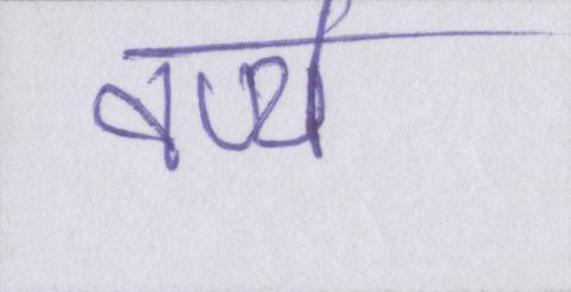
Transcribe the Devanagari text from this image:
वर्ण्य